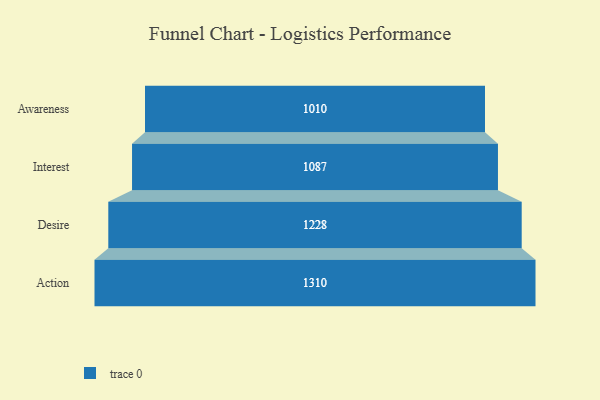
{"axis": {"x": "Stage", "y": "Value"}, "legend": [""], "data": [{"x": "Awareness", "y": 1010.0, "type": ""}, {"x": "Interest", "y": 1087.0, "type": ""}, {"x": "Desire", "y": 1228.0, "type": ""}, {"x": "Action", "y": 1310.0, "type": ""}]}